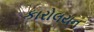
કારોલયન